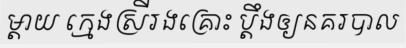
ម្តាយ ក្មេងស្រីរងគ្រោះ ប្តឹងឲ្យនគរបាល